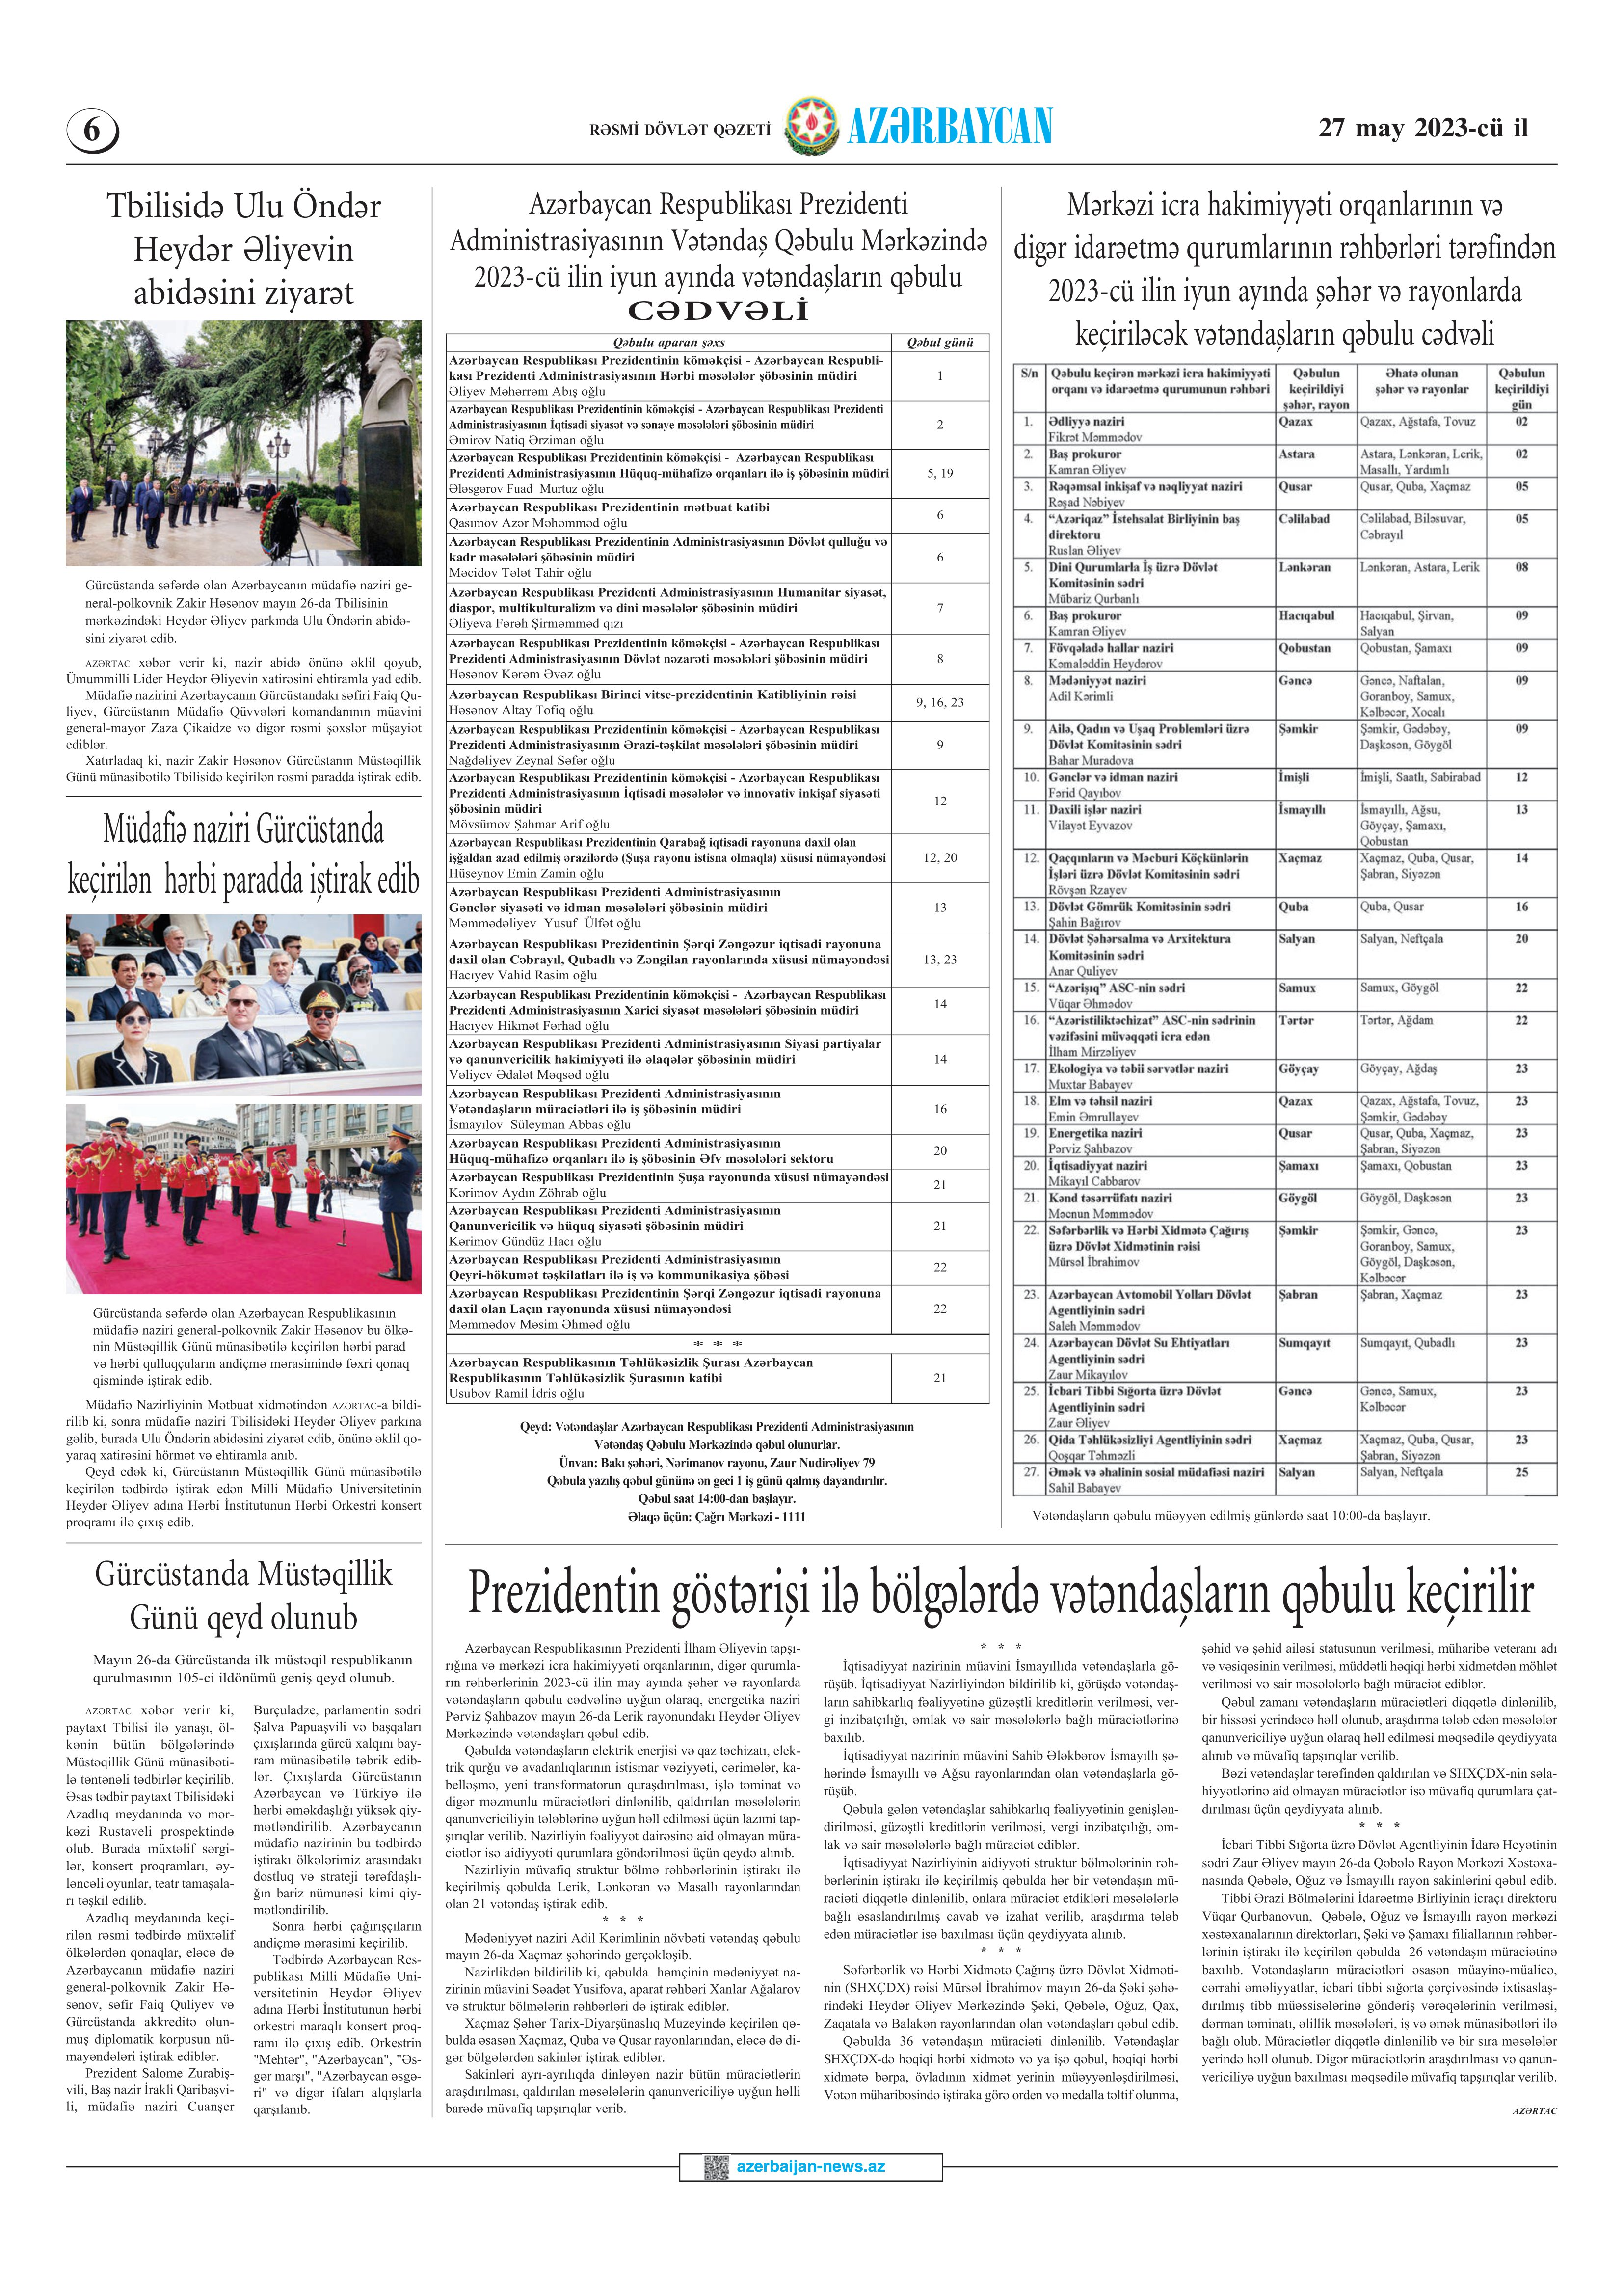
Language: az